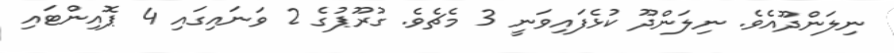
ނިލަންދޫއެވެ. ނިލަންދޫ ކުޅެފައިވަނީ 3 މެޗެވެ. ގުރޫޕުގެ 2 ވަނައިގައި 4 ޕޮއިންޓައި